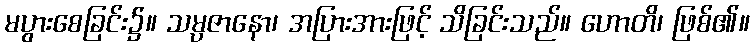
မပွားစေခြင်း၌။ သမ္ပဇာနော၊ အပြားအားဖြင့် သိခြင်းသည်။ ဟောတိ၊ ဖြစ်၏။